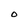
Character: o